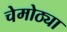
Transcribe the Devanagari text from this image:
चेमोठ्या